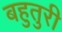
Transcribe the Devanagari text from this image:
बहुतुरी